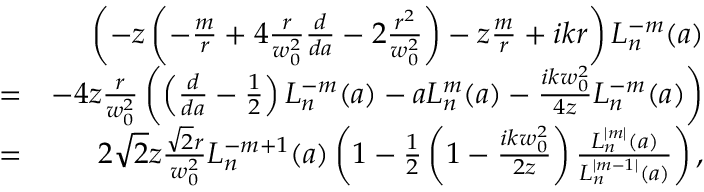
\begin{array} { r l r } & { } & { \left( - z \left( - \frac { m } { r } + 4 \frac { r } { w _ { 0 } ^ { 2 } } \frac { d } { d a } - 2 \frac { r ^ { 2 } } { w _ { 0 } ^ { 2 } } \right) - z \frac { m } { r } + i k r \right) L _ { n } ^ { - m } ( a ) } \\ & { = } & { - 4 z \frac { r } { w _ { 0 } ^ { 2 } } \left( \left( \frac { d } { d a } - \frac { 1 } { 2 } \right) L _ { n } ^ { - m } ( a ) - a L _ { n } ^ { m } ( a ) - \frac { i k w _ { 0 } ^ { 2 } } { 4 z } L _ { n } ^ { - m } ( a ) \right) } \\ & { = } & { 2 \sqrt { 2 } z \frac { \sqrt { 2 } r } { w _ { 0 } ^ { 2 } } L _ { n } ^ { - m + 1 } ( a ) \left( 1 - \frac { 1 } { 2 } \left( 1 - \frac { i k w _ { 0 } ^ { 2 } } { 2 z } \right) \frac { L _ { n } ^ { | m | } ( a ) } { L _ { n } ^ { | m - 1 | } ( a ) } \right) , } \end{array}